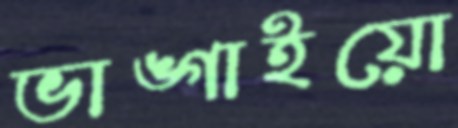
ভাঙ্গাইয়ো